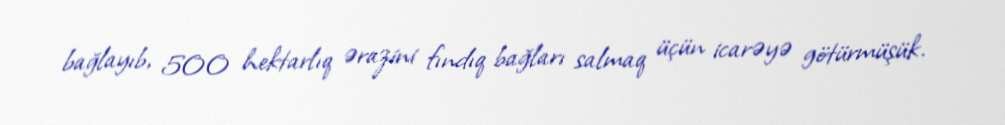
bağlayıb, 500 hektarlıq ərazini fındıq bağları salmaq üçün icarəyə götürmüşük.